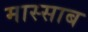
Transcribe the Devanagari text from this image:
मास्साब